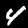
Digit: 4